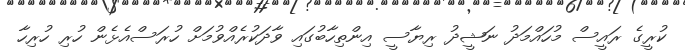
ކުރީގެ ރައީސް މުހައްމަދު ނަޝީދު ރިޔާސީ އިންތިހާބުގައި ވާދަކުރެއްވުމަށް ހުރަސްއެޅެން ހުރި ހުރިހާ